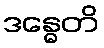
ဒန္ဓေတိ